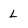
Character: L